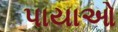
પાયાઓ